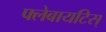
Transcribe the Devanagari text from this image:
फ्लेबायटिस्